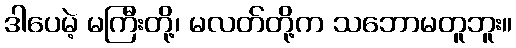
ဒါပေမဲ့ မကြီးတို့၊ မလတ်တို့က သဘောမတူဘူး။